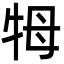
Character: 牳